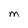
Character: O